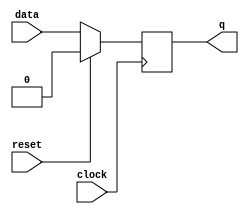
module flipflop (
clock ,
reset ,
data ,
q 
);
//input ports
input clock ;
input data ;
input reset ;
//output ports
output q ;

// internal variable
wire clock ;
wire reset ;
reg q ;

//code
always @ (posedge clock)
begin: FLIPFLOP
	if (reset == 1'b1)begin
		q <= 1'b0;
	end
	else begin
		q <= data;	
	end
end

endmodule